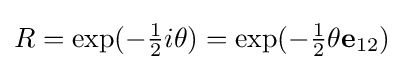
R=\exp({-{\tfrac {1}{2}}i\theta })=\exp({-{\tfrac {1}{2}}\theta \mathbf {e} _{12}})